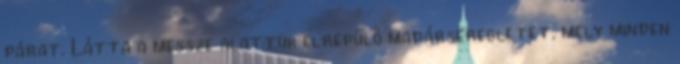
párat. Látta a messze alattuk elrepülő madárseregletet, mely minden